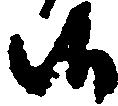
候